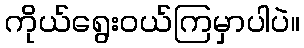
ကိုယ်ရွေးဝယ်ကြမှာပါပဲ။